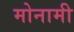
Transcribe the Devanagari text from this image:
मोनामी